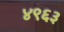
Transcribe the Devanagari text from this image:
४९६३